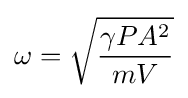
\omega ={\sqrt {\frac {\gamma PA^{2}}{mV}}}